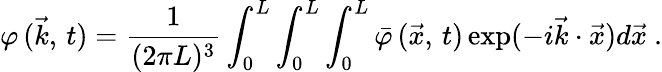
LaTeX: \varphi\, (\vec{k},\, t)=\frac{1}{(2\pi L)^{3}}\int_{0}^{L}\int_{0}^{L}\int_{0}^{L}\bar{\varphi}\, (\vec{x},\, t)\exp(-i\vec{k}\cdot\vec{x})d\vec{x}\ .